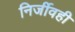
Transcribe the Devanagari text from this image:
निर्जीवही